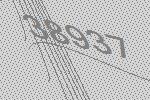
38937